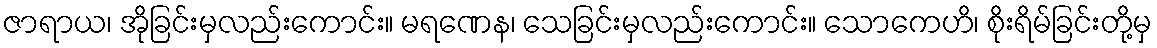
ဇာရာယ၊ အိုခြင်းမှလည်းကောင်း။ မရဏေန၊ သေခြင်းမှလည်းကောင်း။ သောကေဟိ၊ စိုးရိမ်ခြင်းတို့မှ